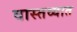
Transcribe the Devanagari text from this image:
वास्‍तव्‍यात